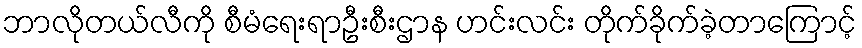
ဘာလိုတယ်လီကို စီမံရေးရာဦးစီးဌာန ဟင်းလင်း တိုက်ခိုက်ခဲ့တာကြောင့်